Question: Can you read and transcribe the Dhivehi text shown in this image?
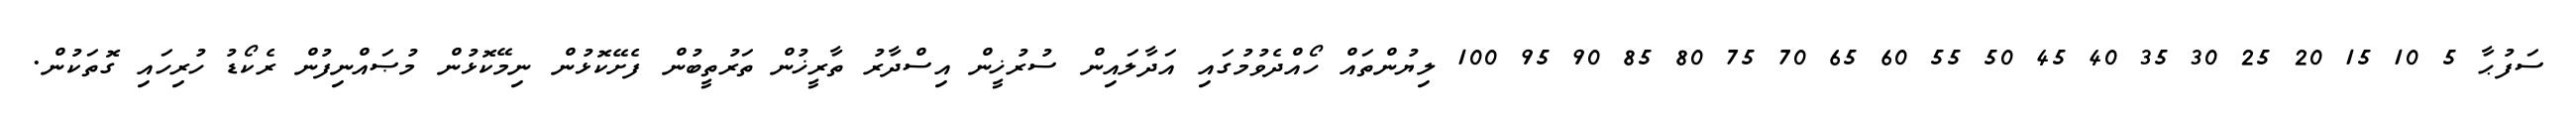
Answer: ސަފުޙާ 5 10 15 20 25 30 35 40 45 50 55 60 65 70 75 80 85 90 95 100 ލިޔުންތައް ހޯއްދެވުމުގައި އަދާލައިން ސުރުޚީން އިސްދާރު ތާރީޚުން ތަރުތީބުން ފެށޭކޮޅުން ނިމޭކޮޅުން މުޞައްނިފުން ރެކޯޑު ހުރިހައި ގޮތަކުން.